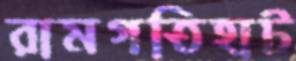
রামগতিহাট